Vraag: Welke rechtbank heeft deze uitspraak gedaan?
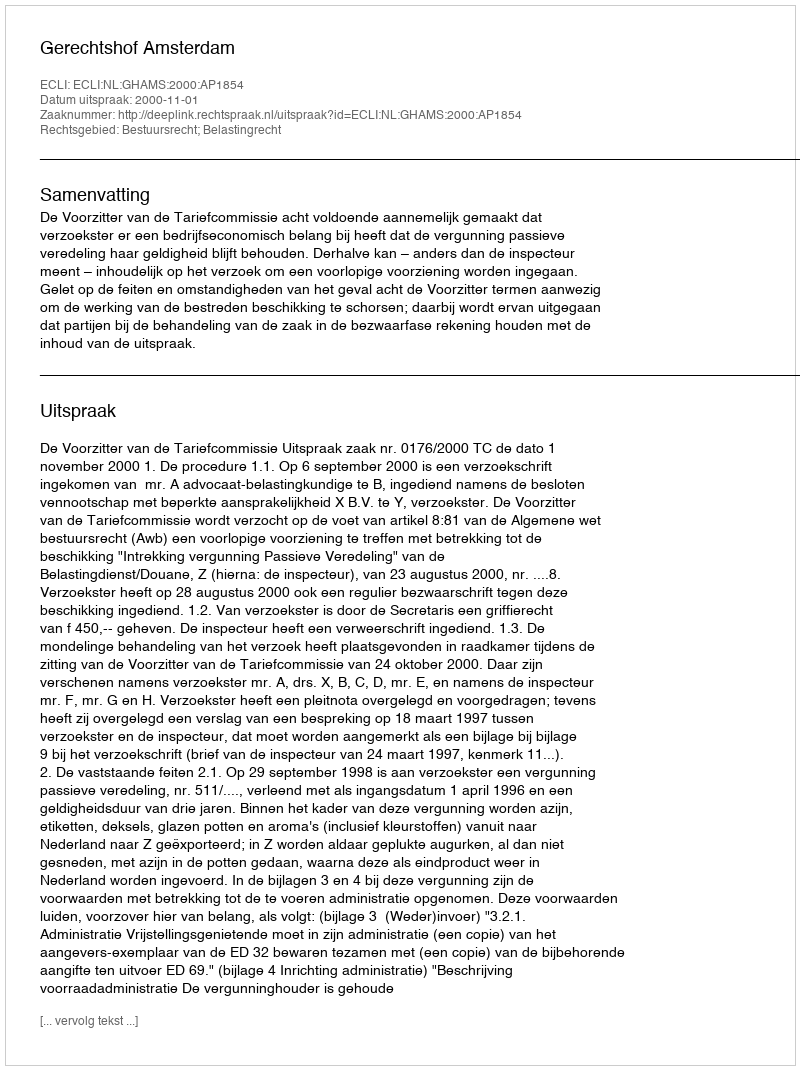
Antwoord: Gerechtshof Amsterdam